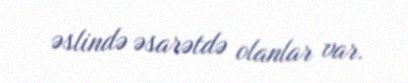
əslində əsarətdə olanlar var.